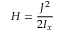
H = \frac { J ^ { 2 } } { 2 I _ { x } }